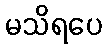
မသိရပေ